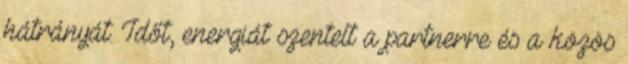
hátrányát. Időt, energiát szentelt a partnerre és a közös